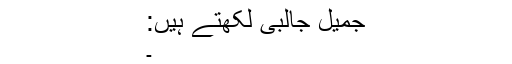
جمیل جالبی لکھتے ہیں:
۔